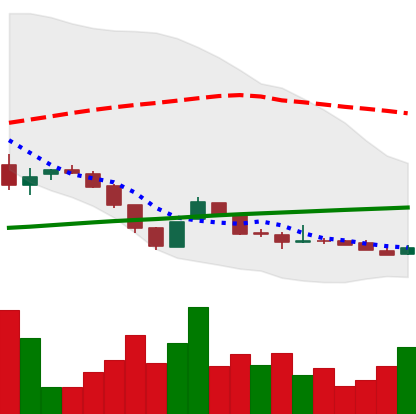
Ticker: DOGE-USD
Chart end date: 2018-11-06
Forward return: -14.448%
Label: down_7plus